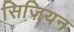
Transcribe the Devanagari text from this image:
सिज़ियन